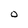
Character: O